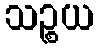
သဉ္စယ